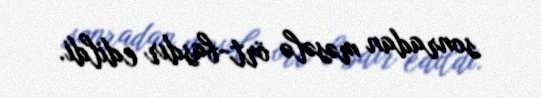
sonradan məsələ ört-basdır edildi.